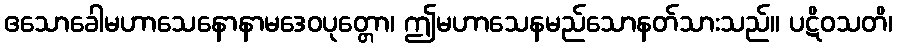
ဧသောခေါမဟာသေနောနာမဒေဝပုတ္တော၊ ဤမဟာသေနမည်သောနတ်သားသည်။ ပဋိဝသတိ၊